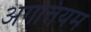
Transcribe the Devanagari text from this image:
अगत्तियम